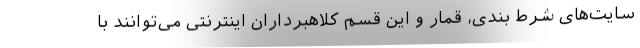
سایت‌های شرط بندی، قمار و این قسم کلاهبرداران اینترنتی می‌توانند با